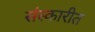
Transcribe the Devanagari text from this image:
संस्कारीत